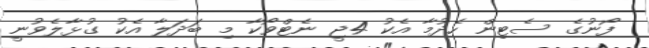
ފޯނުގެ ސެޓިން ހެދުމާ އެކު 4ޖީ ނެޓްވޯކާ މި ބަދަލާ އެކު ގުޅާލެވުނީ